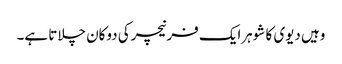
وہیں دیوی کا شوہرایک فرنیچرکی دوکان چلاتا ہے۔